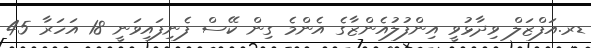
ޑރ.އަފްޒަލް ވިދާޅުވީ އިންފުލުއެންޒާގެ އެންމެ ގިން ކޭސް ފެނިފައިވަނީ 18 އަހަރާ 45